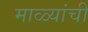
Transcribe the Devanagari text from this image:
माळ्यांची